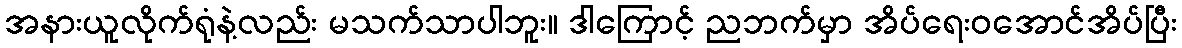
အနားယူလိုက်ရုံနဲ့လည်း မသက်သာပါဘူး။ ဒါကြောင့် ညဘက်မှာ အိပ်ရေးဝအောင်အိပ်ပြီး